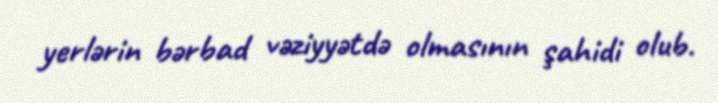
yerlərin bərbad vəziyyətdə olmasının şahidi olub.